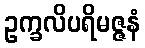
ဥက္ခလိပရိမဇ္ဇနံ